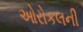
ઓરોકલની